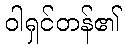
ဝါရှင်တန်၏